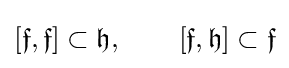
[{\mathfrak {f}},{\mathfrak {f}}]\subset {\mathfrak {h}},\qquad [{\mathfrak {f}},{\mathfrak {h}}]\subset {\mathfrak {f}}